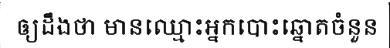
ឲ្យដឹងថា មានឈ្មោះអ្នកបោះឆ្នោតចំនួន